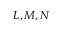
L , M , N